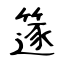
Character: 篴